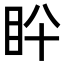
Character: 𥄖